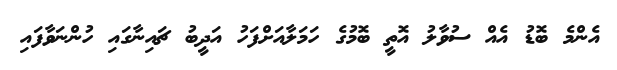
އެންމެ ބޮޑު އެއް ސުވާލު އޮތީ ބޮމުގެ ހަމަލާއަށްފަހު އަދީބު ޗައިނާގައި ހުންނަވާފައި